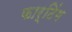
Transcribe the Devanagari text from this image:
फार्टिंग